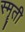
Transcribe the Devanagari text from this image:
स्मॄती